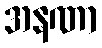
အနဏာ